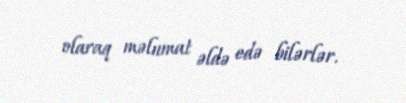
olaraq məlumat əldə edə bilərlər.